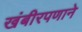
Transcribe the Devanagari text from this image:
खंबीरपणाने